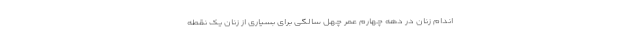
اندام زنان در دهه چهارم عمر چهل سالگی برای بسیاری از زنان یک نقطه